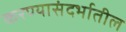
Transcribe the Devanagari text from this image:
करण्यासंदर्भातील